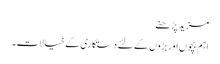
مزید پڑھنے
اہم بچوں اور بڑوں کے لئے دستکاری کے خیالات۔